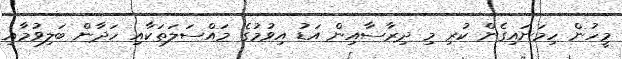
މީހުން ހިމަނައިގެން ކުރި މި ދިރާސާއިން އަޑު އިވުމުގެ މައްސަލަތަކާއި ހަދާން ބަލިވުމާއި